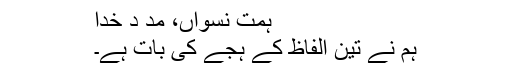
ہمت نسواں، مد د خدا
ہم نے تین الفاظ کے ہجے کی بات ہے۔